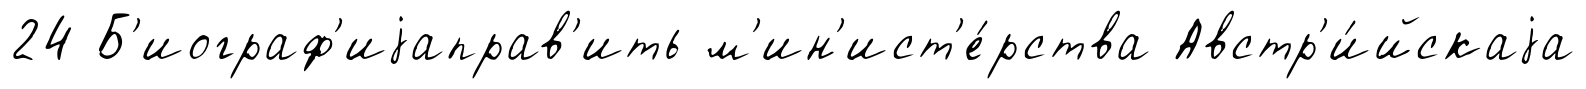
24 Б'иограф'иjаправ'ить м'ин'ист'е́рства Австр'и́йскаjа